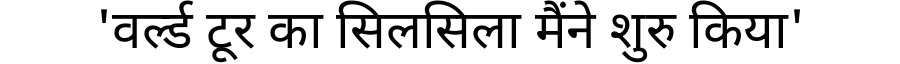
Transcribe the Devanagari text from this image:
'वर्ल्ड टूर का सिलसिला मैंने शुरु किया'